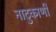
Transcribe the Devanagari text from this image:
नाटुकाणी